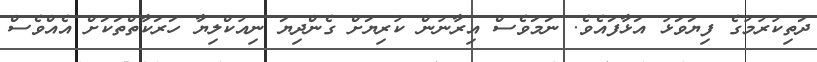
ދަތިކުރުމުގެ ފިޔަވަޅު އަޅާފައެވެ. ނަމަވެސް އިރާނުން ކުރިޔަށް ގެންދިޔަ ނިއުކްލިޔާ ހަރަކާތްތަކަށް އެއްވެސް